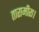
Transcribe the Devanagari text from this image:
तारामीरा।